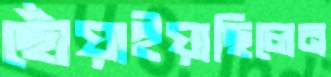
ছোঁয়াইয়াছিলেন